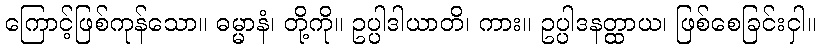
ကြောင့်ဖြစ်ကုန်သော။ ဓမ္မာနံ၊ တို့ကို။ ဥပ္ပါဒါယာတိ၊ ကား။ ဥပ္ပါဒနတ္ထာယ၊ ဖြစ်စေခြင်းငှါ။